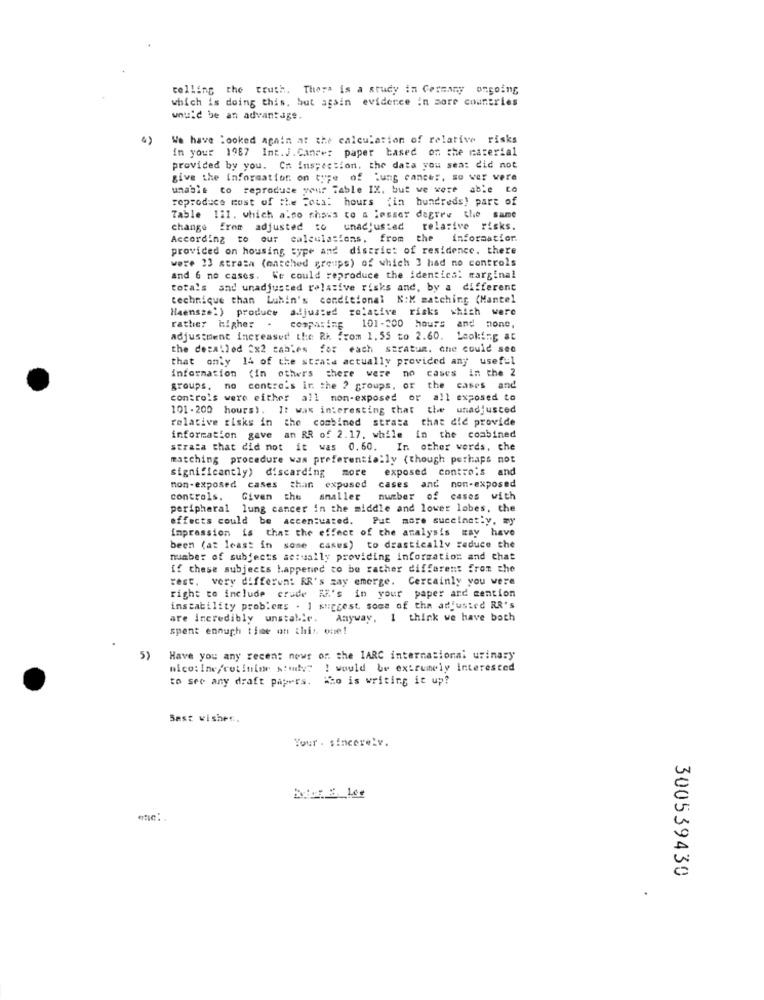
telling the truth. There is a study in Germany ongoing
which is doing this, but agsin evidence in more countries
would be an advantage.
We have looked again at the calculation of relative risks
in your 1987 Int.J. Cancer paper based on the material
provided by you. Cn inspection, the data you sen: did not
give the information on ture of Lung cancer, so wer were
unable to reproduce your Table IX, but we were able to
reproduce most of the Total hours (in hundreds) part of
. 121. which also shows to a lesser degree the same
change from adjusted to unadjusted
unadjusted
relative risks.
According to our calculations.
from the
informatior.
provided on housing type and district of residence. there
were 23 strata (matched groups) of which 3 had no controls
and 6 no cases. We could reproduce the identies! marginal
totals and unadjusted relative risks and, by a different
technique than Luhin's conditional N:X matching (Mantel
Haensze!) produce adjusted relative risks which were
rather higher
comparing 101-200 hours and none,
adjustment increased the Rh from 1.55 to 2.60. Looking at
the detailed Cx2 tables for each stratum. ane could see
that only 14 of the strate actually provided any useful
information (in others there were no cases in the 2
groups, no contre's ir the ? groups,
the cases and
controls were either all non-exposed or all exposed to
101 - 200 hours). It was interesting that the unadjusted
relative risks in the combined strata that did provide
information gave an RR of 2.17. while in the combined
strata that did not it was 0.60. In other words, che
matching procedure was preferentially (though perhaps mot
significantly) discarding more
exposed controls and
non-exposed cases than expused
cases and non-exposed
controls.
Given the
Given the smaller number of cases with
smaller
peripheral lung cancer in the middle and lower lobes, the
effects could be accen:uated.
Put more succinctly, wy
impression is that the effect of the analysis may have
been (at least in some cases) to drastically reduce the
number of subjects actually providing information and chat
if these subjects happened to be rather different from che
rest. very different RR's zay emerge. Certainly you were
right to include crude Ki's in your paper ard mention
instability problems . 1 suggest some of the adjusted RR's
are incredibly unstable. Anyway, I think we have both
spent ennuch time on this one!
5)
Have you any recen: news of the IARC international urinary
mico: Ine/cotinine s:my? ! would be extremely interested
to see any draft papers. Who is writing it up?
Best wishes.
Tour . sincerely.
300539430